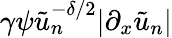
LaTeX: \gamma\psi\tilde{u}_{n}^{-\delta/2}|\partial_{x}\tilde{u}_{n}|